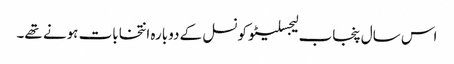
اس سال پنجاب لیجسلیٹو کونسل کے دوبارہ انتخابات ہونے تھے۔